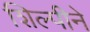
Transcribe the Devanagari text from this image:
शिल्पीने